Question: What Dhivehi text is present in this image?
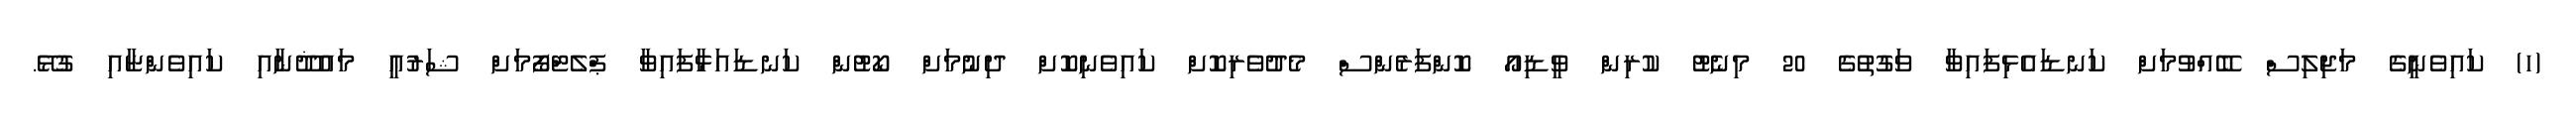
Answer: (ހ) ކައިވެނީގެ މަޖިލިސް ބޭއްވުމަށް ކަނޑައެޅިފައިވާ ވަގުތުގެ 20 މިނެޓު ކުރިން ވީޑިއޯ ކޮންފަރެންސް މެދުވެރިކޮށް ކައިވެނިކޮށް ދިނުމަށް ކޯޓުން ކަނޑައަޅާފައިވާ ޕްލެޓްފޯމަށް ޝަރުޢީ މައުޛޫނާއި ކައިވެންޏާއި ގުޅޭ.